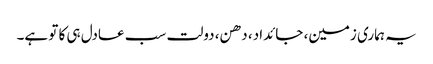
یہ ہماری زمین، جائداد، دھن، دولت سب عادل ہی کا تو ہے۔